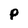
Character: P